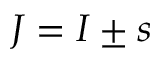
J = I \pm s